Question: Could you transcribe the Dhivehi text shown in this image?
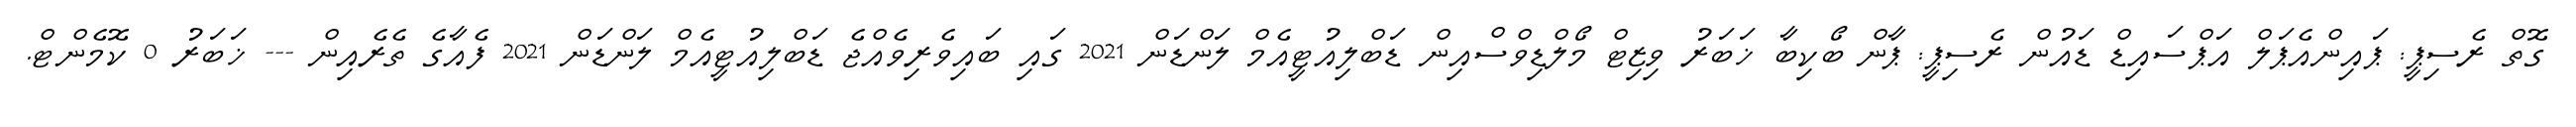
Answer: ގޮތް ރެސިޕީ: ޕައިންއެޕަލް އަޕްސައިޑް ޑައުން ރެސިޕީ: ޕާން ބޯކިބާ ޚަބަރު ވިޒިޓް މޯލްޑިވްސްއިން ޑަބްލިއުޓީއެމް ލަންޑަން 2021 ގައި ބައިވެރިވެއްޖެ ޑަބްލިއުޓީއެމް ލަންޑަން 2021 ފެއާގެ ތެރެއިން --- ޚަބަރު 0 ކޮމެންޓް.